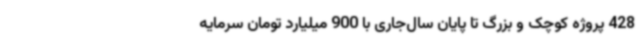
428 پروژه کوچک و بزرگ تا پایان سال‌جاری با 900 میلیارد تومان سرمایه